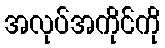
အလုပ်အကိုင်ကို